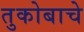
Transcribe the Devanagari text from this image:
तुकोबाचे